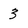
Character: 3